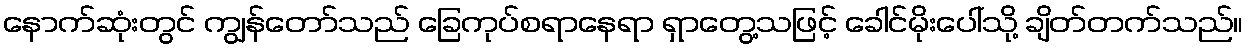
နောက်ဆုံးတွင် ကျွန်တော်သည် ခြေကုပ်စရာနေရာ ရှာတွေ့သဖြင့် ခေါင်မိုးပေါ်သို့ ချိတ်တက်သည်။